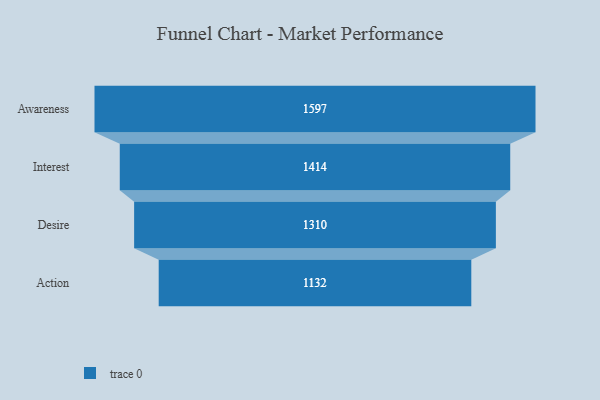
{"axis": {"x": "Stage", "y": "Value"}, "legend": [""], "data": [{"x": "Awareness", "y": 1597.0, "type": ""}, {"x": "Interest", "y": 1414.0, "type": ""}, {"x": "Desire", "y": 1310.0, "type": ""}, {"x": "Action", "y": 1132.0, "type": ""}]}